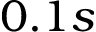
0 . 1 s